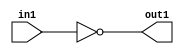
`timescale 1ps / 1ps
/*****************************************************************************
    Verilog RTL Description
    
    
    Created by: Stratus DpOpt 2019.1.01 
*******************************************************************************/

module st_weight_addr_gen_Not_1U_1U_4_5 (
	in1,
	out1
	); /* architecture "behavioural" */ 
input  in1;
output  out1;
wire  asc001;

assign asc001 = 
	((~in1));

assign out1 = asc001;
endmodule

/* CADENCE  urbzTwo= : u9/ySgnWtBlWxVPRXgAZ4Og= ** DO NOT EDIT THIS LINE ******/